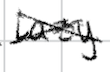
Text: lazy
Cross-out: mix
Writing tool: digital_black